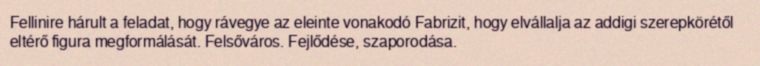
Fellinire hárult a feladat, hogy rávegye az eleinte vonakodó Fabrizit, hogy elvállalja az addigi szerepkörétől eltérő figura megformálását. Felsőváros. Fejlődése, szaporodása.